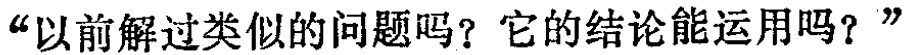
“以前解过类似的问题吗？它的结论能运用吗？”